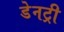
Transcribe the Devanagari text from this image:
डेनट्री